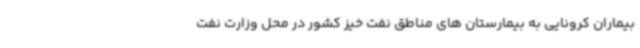
بیماران کرونایی به بیمارستان های مناطق نفت خیز کشور در محل وزارت نفت